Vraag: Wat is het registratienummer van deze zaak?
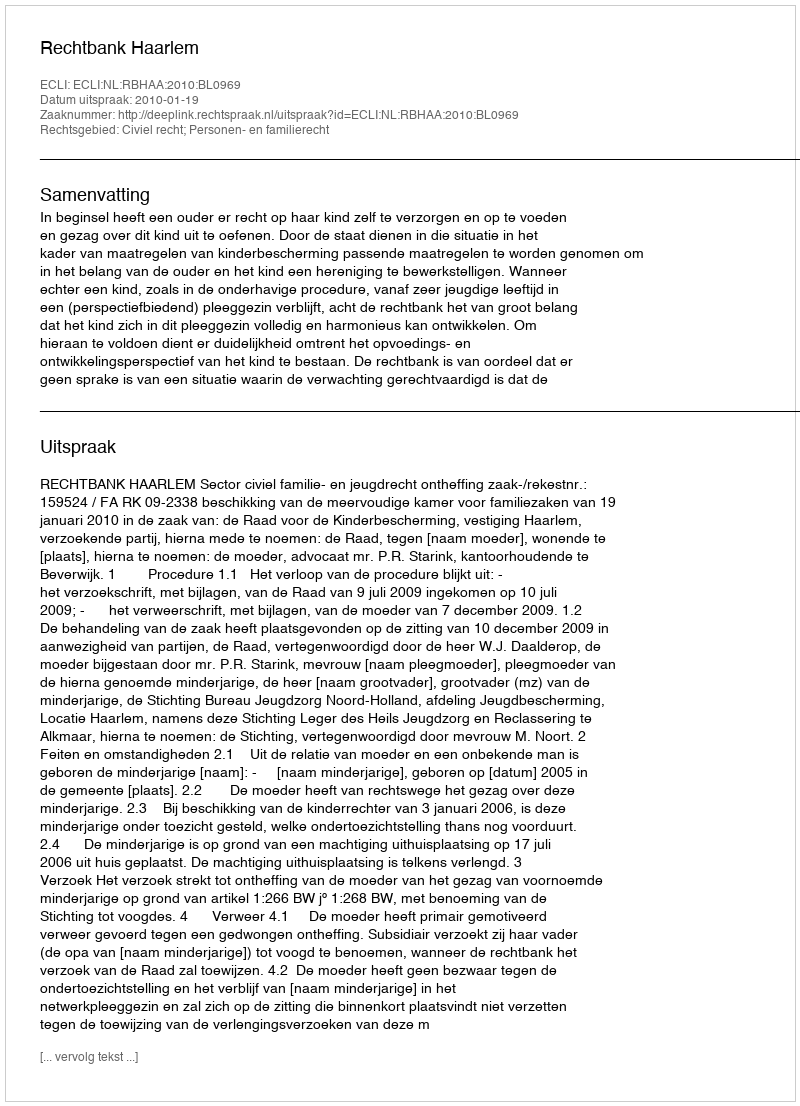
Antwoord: http://deeplink.rechtspraak.nl/uitspraak?id=ECLI:NL:RBHAA:2010:BL0969